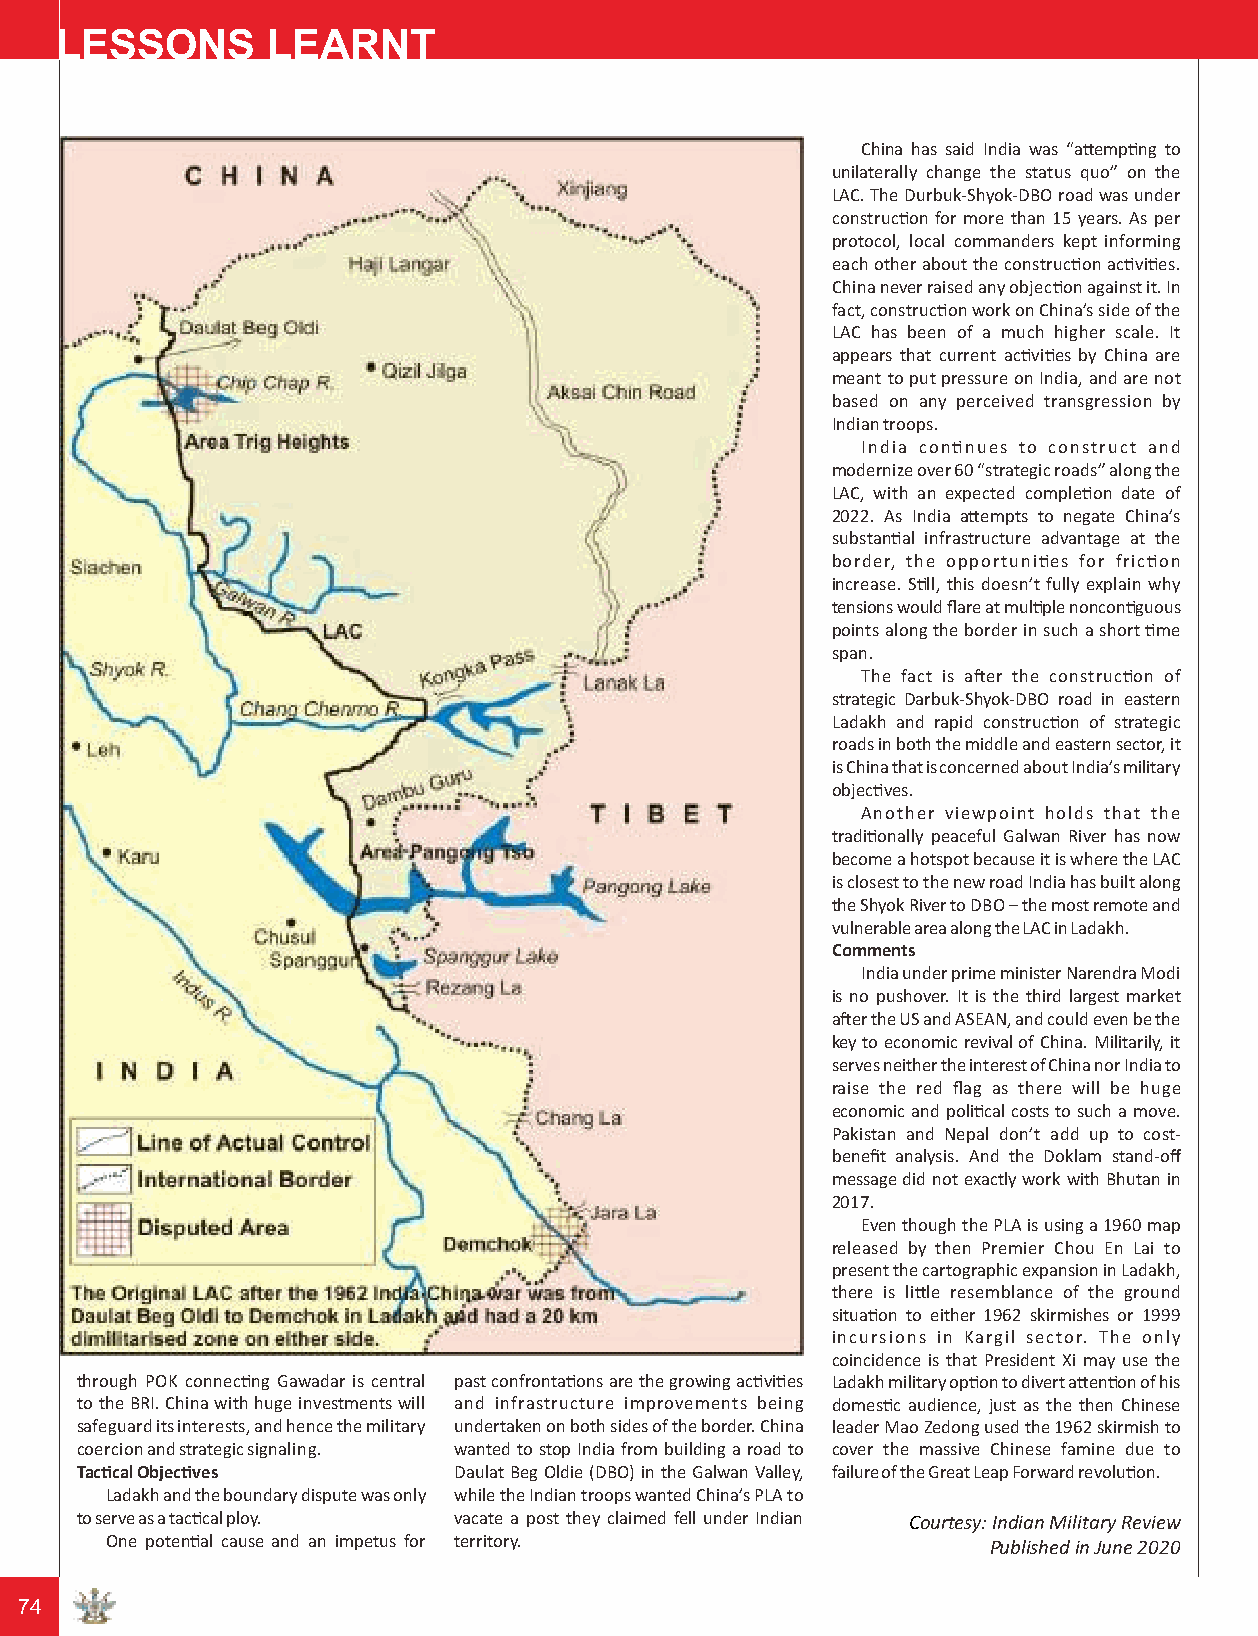
LESSONS       LEARNT
 China has said India was “aempng to
 unilaterally change the status quo” on the
 LAC. The Durbuk-Shyok-DBO road was under
 construcon for more than 15 years. As per
 protocol, local commanders kept informing
 each other about the construcon acvies.
 China never raised any objecon against it. In
 fact, construcon work on China’s side of the
 LAC has been of a much higher scale. It
 appears that current acvies by China are
 meant to put pressure on India, and are not
 based on any perceived transgression by
 Indian troops.
 India connues to construct and
 modernize over 60 “strategic roads” along the
 LAC, with an expected compleon date of
 2022. As India aempts to negate China’s
 substanal infrastructure advantage at the
 border, the opportunies for fricon
 increase. Sll, this doesn’t fully explain why
 tensions would flare at mulple nonconguous
 points along the border in such a short me
 span.
 The fact is aer the construcon of
 strategic Darbuk-Shyok-DBO road in eastern
 Ladakh and rapid construcon of strategic
 roads in both the middle and eastern sector, it
 is China that is concerned about India’s military
 objecves.
 Another viewpoint holds that the
 tradionally peaceful Galwan River has now
 become a hotspot because it is where the LAC
 is closest to the new road India has built along
 the Shyok River to DBO – the most remote and
 vulnerable area along the LAC in Ladakh.
 Comments
 India under prime minister Narendra Modi
 is no pushover. It is the third largest market
 aer the US and ASEAN, and could even be the
 key to economic revival of China. Militarily, it
 serves neither the interest of China nor India to
 raise the red flag as there will be huge
 economic and polical costs to such a move.
 Pakistan and Nepal don’t add up to cost-
 benefit analysis. And the Doklam stand-off
 message did not exactly work with Bhutan in
 2017.
 Even though the PLA is using a 1960 map
 released by then Premier Chou En Lai to
 present the cartographic expansion in Ladakh,
 there is lile resemblance of the ground
 situaon to either 1962 skirmishes or 1999
 incursions in Kargil sector. The only
 coincidence is that President Xi may use the
 through POK connecng Gawadar is central past confrontaons are the growing acvies Ladakh military opon to divert aenon of his
 to the BRI. China with huge investments will and infrastructure improvements being domesc audience, just as the then Chinese
 safeguard its interests, and hence the military undertaken on both sides of the border. China leader Mao Zedong used the 1962 skirmish to
 coercion and strategic signaling. wanted to stop India from building a road to cover the massive Chinese famine due to
 Taccal Objecves        Daulat Beg Oldie (DBO) in the Galwan Valley, failure of the Great Leap Forward revoluon.
 Ladakh and the boundary dispute was only while the Indian troops wanted China’s PLA to
 to serve as a taccal ploy. vacate a post they claimed fell under Indian Courtesy: Indian Military Review
 One potenal cause and an impetus for territory.          Published in June 2020
 74